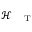
\mathcal { H } _ { \mathrm { ~ \tiny ~ \textnormal ~ { ~ T ~ } ~ } }